Leaving Certificate Examination (including Day School Certificate (Higher) General paper), 1936
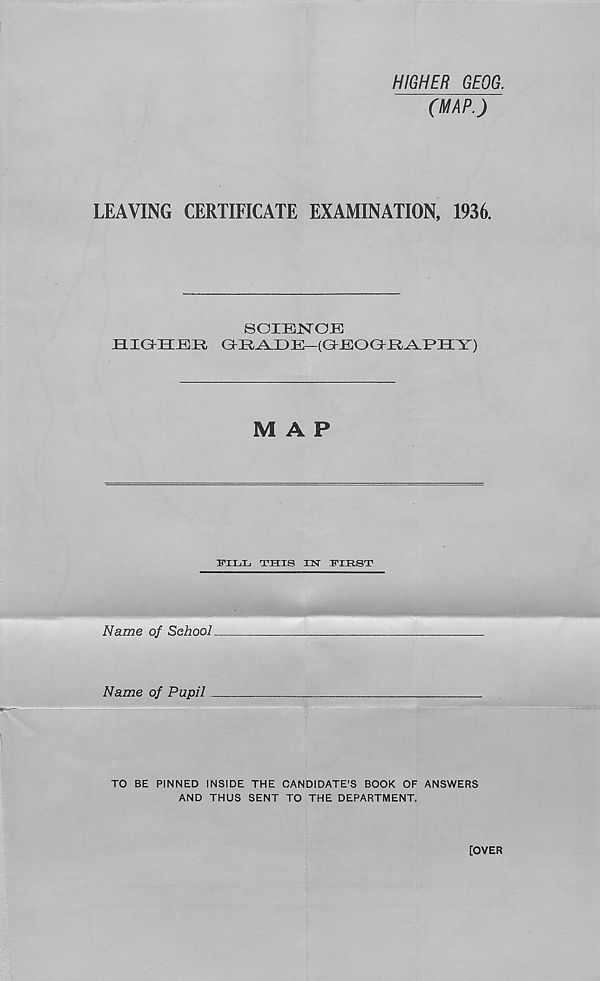
q
^ 5,
0 X
/
''0 /
N \ S /
1675/36-
Ordnance Survey, 1935.
Crown. Copyright; Reserved.
7 6 5 4- 3 2 1 O
Scale of One Inclt to One Statute Mile^e^rro
123
<3 Kilometre*